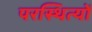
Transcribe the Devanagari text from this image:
परस्थित्यों